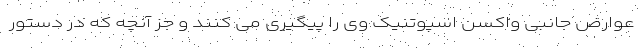
عوارض جانبی واکسن اسپوتنیک وی را پیگیری می کنند و جز آنچه که در دستور